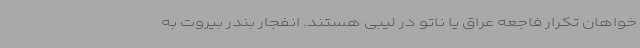
خواهان تکرار فاجعه عراق یا ناتو در لیبی هستند. انفجار بندر بیروت به